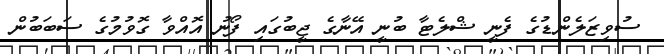
ސުވިޒަލެންޑުގެ ފެނީ ޝްލެޓާ ބުނީ އޭނާގެ ޖީބުގައި ފޯނު އޮއްވާ ގޮވުމުގެ ސަބަބުން